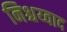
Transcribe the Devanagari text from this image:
निश्चय्वाद